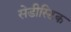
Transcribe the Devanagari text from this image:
सेडीस्टिक